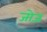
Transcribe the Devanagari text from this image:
जोज